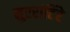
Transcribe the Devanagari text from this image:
नुररांटिंरे